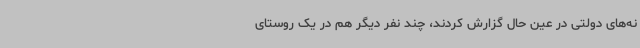
نه‌های دولتی در عین حال گزارش کردند، چند نفر دیگر هم در یک روستای